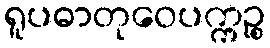
ရူပဓာတုဝေပက္ကဉ္စ